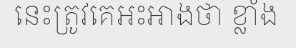
នេះត្រូវគេអះអាងថា ខ្លាំង